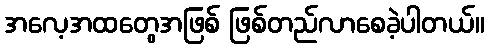
အလေ့အထတွေအဖြစ် ဖြစ်တည်လာစေခဲ့ပါတယ်။